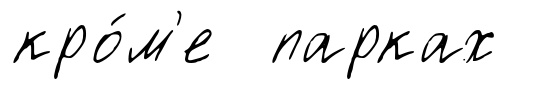
кро́м'е парках